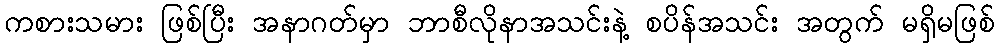
ကစားသမား ဖြစ်ပြီး အနာဂတ်မှာ ဘာစီလိုနာအသင်းနဲ့ စပိန်အသင်း အတွက် မရှိမဖြစ်